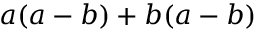
a ( a - b ) + b ( a - b )